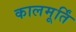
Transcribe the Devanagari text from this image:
कालमूर्तिं